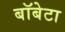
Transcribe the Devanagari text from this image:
बॉबेटा